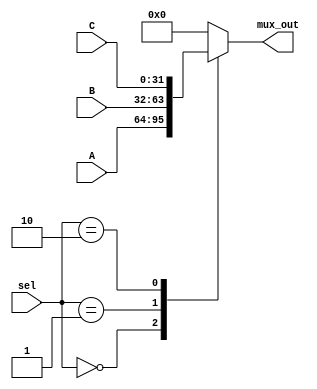
`timescale 1ns / 1ps
//////////////////////////////////////////////////////////////////////////////////
// Mauricio Salomon - 200900582
// Miguel Taylor -201117893
// Juan Pablo Arias Mora - 200826602
// Sebastian Gonzalez - 201159610
//////////////////////////////////////////////////////////////////////////////////
module Mux_PC(A,B,C, sel, mux_out);
	input [31:0] A, B, C;
	input [1:0]sel;
	output reg [31:0] mux_out;
	always @ (sel or A or B)
	begin
	 case( sel ) 
		 2'b00 : mux_out = A;
		 2'b01 : mux_out = B;
		 2'b10 : mux_out = C;
		 default: mux_out = 0;
	 endcase 
	end

endmodule